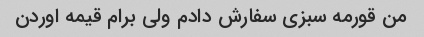
من قورمه سبزی سفارش دادم ولی برام قیمه اوردن